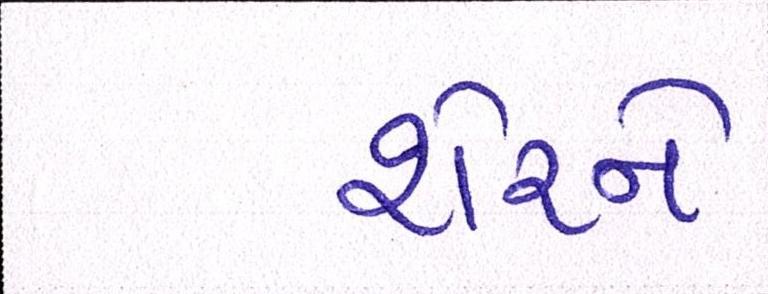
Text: શેરને